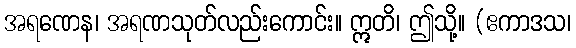
အရဏေန၊ အရဏသုတ်လည်းကောင်း။ ဣတိ၊ ဤသို့။ (ဧကာဒသ၊